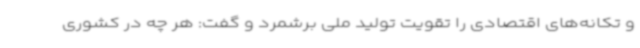
و تکانه‌های اقتصادی را تقویت تولید ملی برشمرد و گفت: هر چه در کشوری